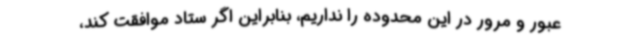
عبور و مرور در این محدوده را نداریم، بنابراین اگر ستاد موافقت کند،